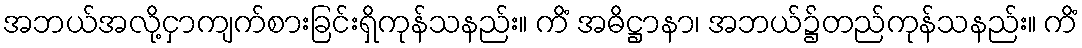
အဘယ်အလို့ငှာကျက်စားခြင်းရှိကုန်သနည်း။ ကိံ အဓိဋ္ဌာနာ၊ အဘယ်၌တည်ကုန်သနည်း။ ကိံ